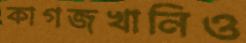
কাগজখানিও